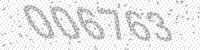
Solution: 006763